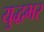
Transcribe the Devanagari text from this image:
युद्धभर